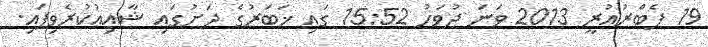
19 ފެބްރުއުރީ 2013 ވަނަ ދުވަހު 15:52 ގައި ޚަބަރުގެ ދަށުގައި ޝާއިޢުކުރެވިފައި.